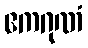
ဧကဂုဏံ